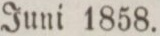
Juni 1858.